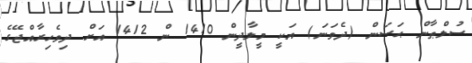
ސުލްޠާން ޙަސަން (ދެވަނަ) އަކީ މީލާދީން 1410 ން 1412 އަށް ދިވެހިރާއްޖޭގެ